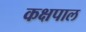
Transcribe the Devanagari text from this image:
कक्षपाल